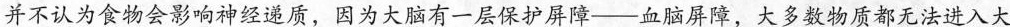
并不认为食物会影响神经递质，因为大脑有一层保护屏障——血脑屏障，大多数物质都无法进入大